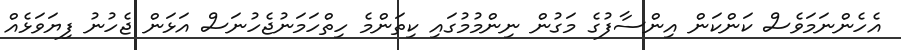
އެހެންނަމަވެސް ކަންކަން އިންސާފުގެ މަގުން ނިންމުމުގައި ކިތަންމެ ހިތްހަމަނުޖެހުނަސް އަޅަން ޖެހުނު ފިޔަވަޅެއް